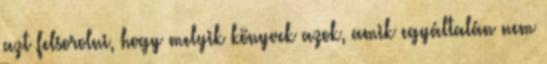
azt felsorolni, hogy melyik könyvek azok, amik egyáltalán nem